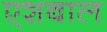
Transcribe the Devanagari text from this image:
एशबाल